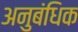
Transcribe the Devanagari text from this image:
अनुबंधिक